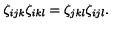
\zeta _ { i j k } \zeta _ { i k l } = \zeta _ { j k l } \zeta _ { i j l } .